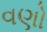
વણો